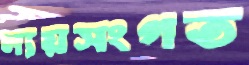
ন্যয়সংগত